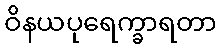
ဝိနယပုရေက္ခာရတာ